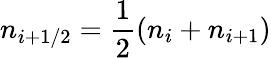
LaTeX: n_{i+1/2}=\frac{1}{2}\left(n_{i}+n_{i+1}\right)